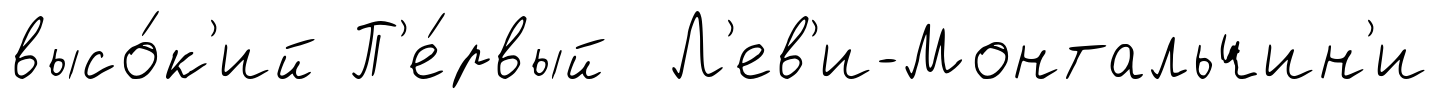
высо́к'ий П'е́рвый Л'ев'и-Монтальчин'и